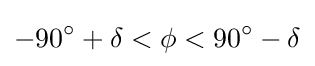
-90^{\circ }+\delta <\phi <90^{\circ }-\delta